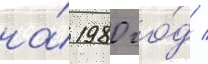
на́ 1980 го́д /